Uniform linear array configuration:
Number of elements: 4
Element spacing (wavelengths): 1
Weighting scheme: hann
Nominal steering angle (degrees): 0
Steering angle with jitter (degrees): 0.5454
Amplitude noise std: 0.05
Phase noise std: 0.05

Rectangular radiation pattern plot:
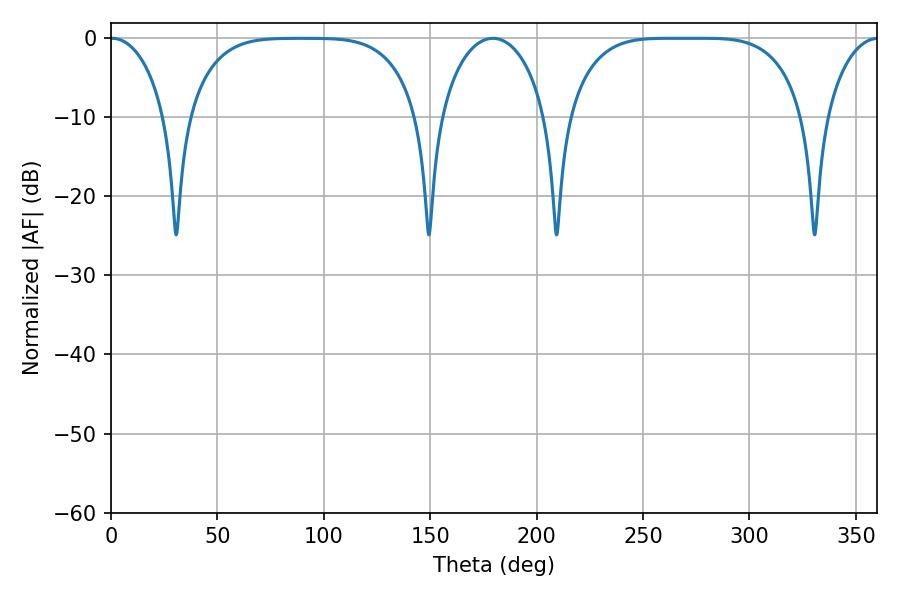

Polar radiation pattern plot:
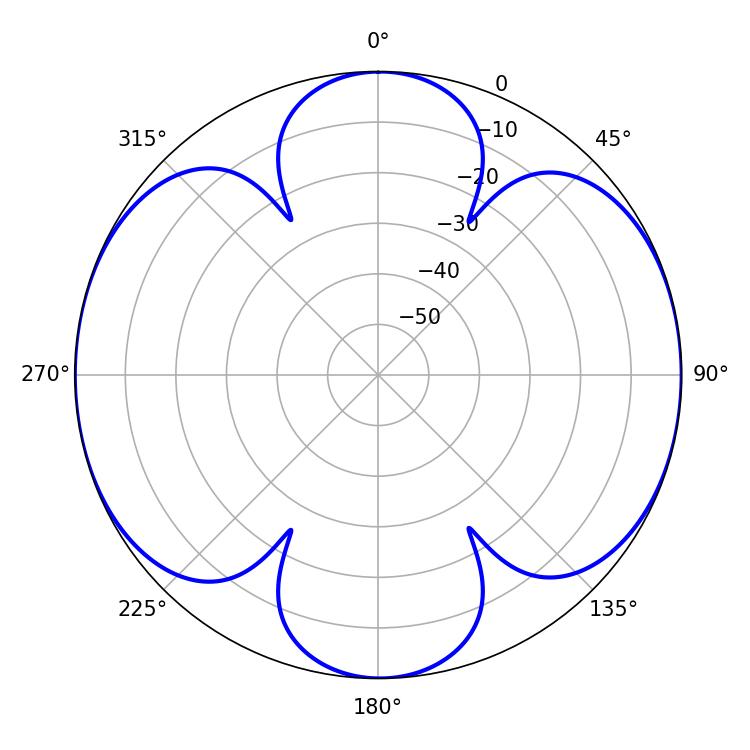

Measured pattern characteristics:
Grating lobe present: TRUE
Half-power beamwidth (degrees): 14.94
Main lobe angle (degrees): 0.54